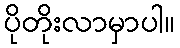
ပိုတိုးလာမှာပါ။